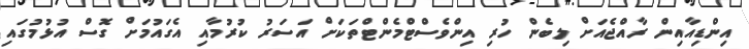
އިންޑިއާއިން ރާއްޖެއަށް ލިބެން ހުރި އިންވެސްޓްމެންޓްތަަކަށް އަސަރު ކުރުމާއި އެގައުމަށް ގޮސް އުޅުމުގައި